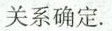
关系确定。